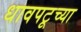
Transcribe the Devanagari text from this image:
धावपटूच्या